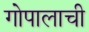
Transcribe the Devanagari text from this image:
गोपालाची